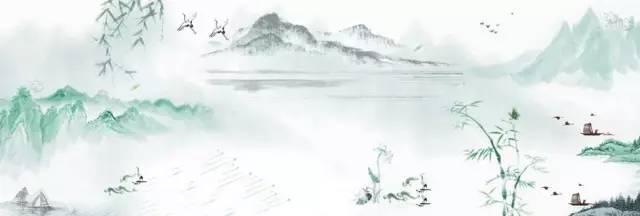
投策命晨装，暂与园田疏。